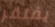
يفتقر